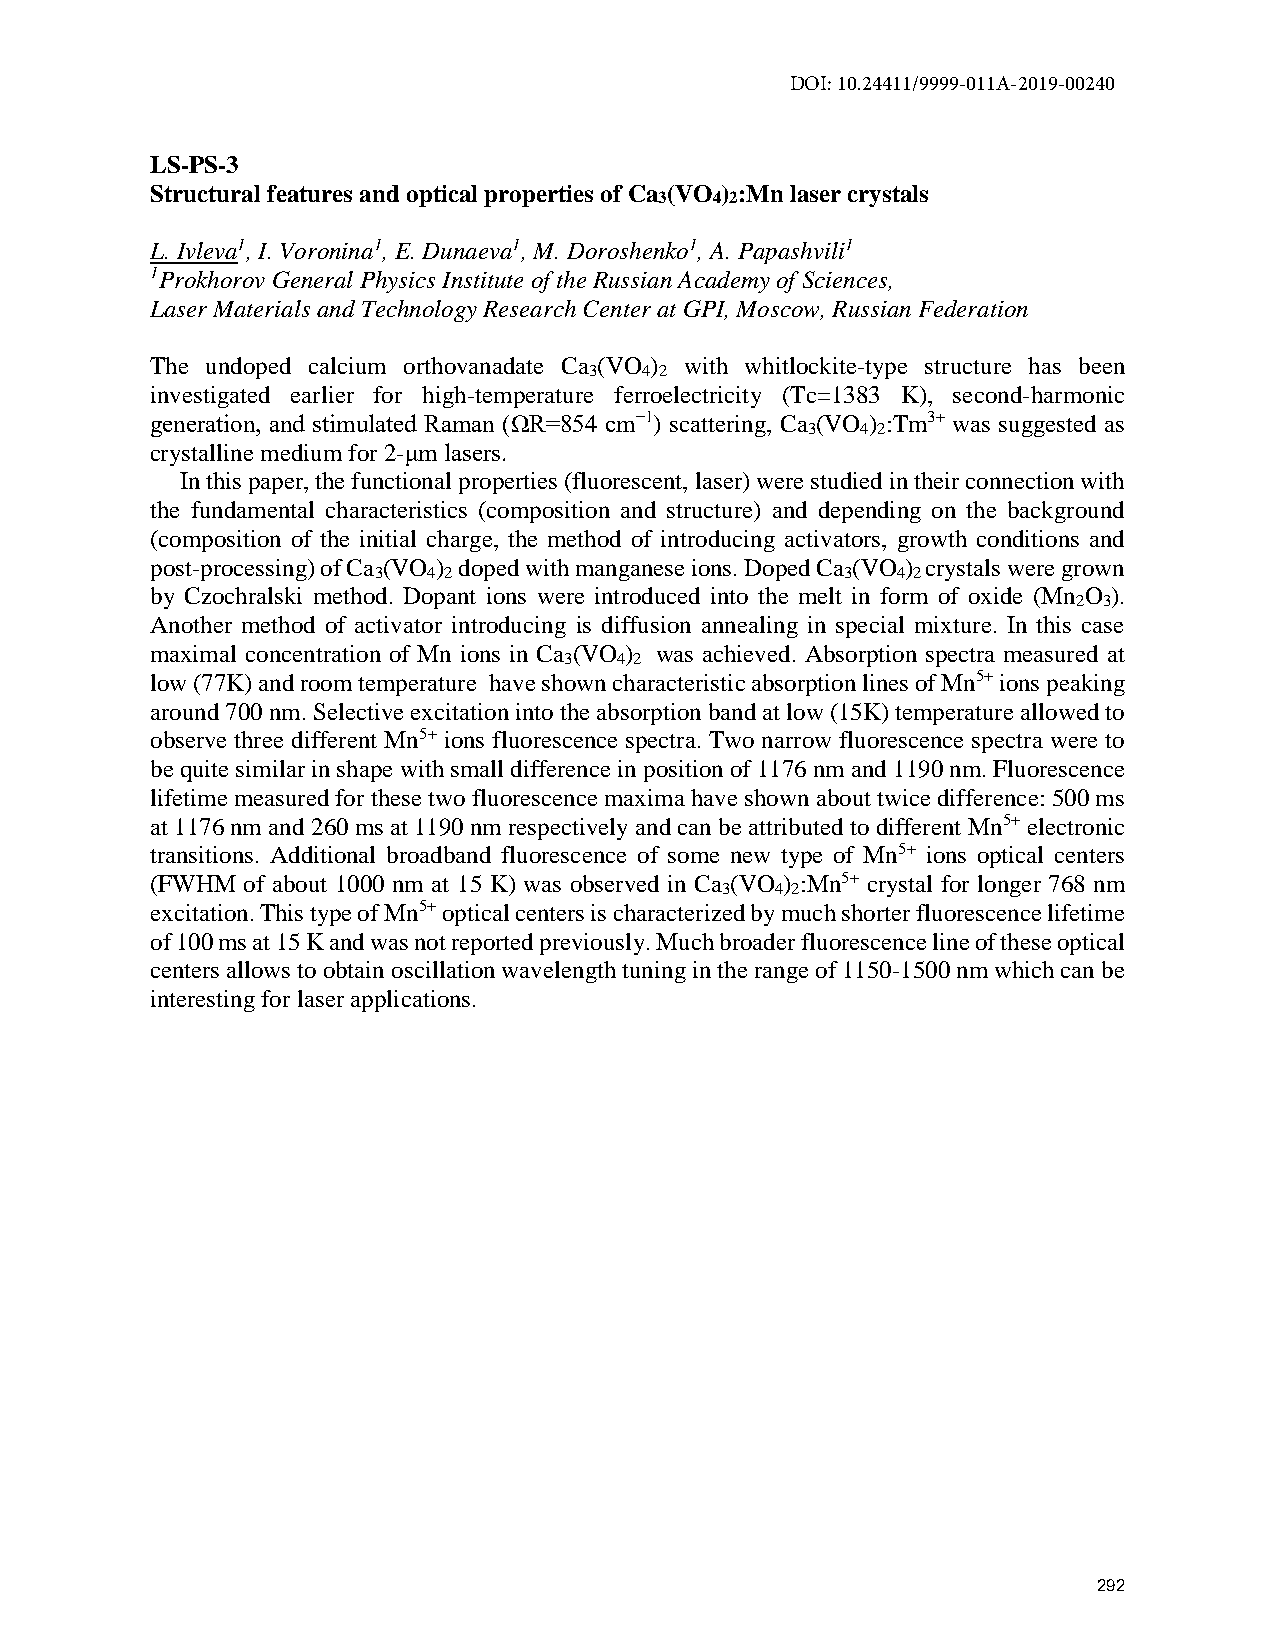
DOI: 10.24411/9999-011A-2019-00240
 LS-PS-3
 Structural features and optical properties of Ca (VO ) :Mn laser crystals
 3  4 2
 L. Ivleva1, I. Voronina1, E. Dunaeva1, M. Doroshenko1, A. Papashvili1
 1Prokhorov General Physics Institute of the Russian Academy of Sciences,
 Laser Materials and Technology Research Center at GPI, Moscow, Russian Federation
 The undoped calcium orthovanadate Ca (VO ) with whitlockite-type structure has been
 3  4 2
 investigated earlier for high-temperature ferroelectricity (Tc=1383 K), second-harmonic
 generation, and stimulated Raman (ΩR=854 cm−1) scattering, Ca (VO ) :Tm3+ was suggested as
 3   4 2
 crystalline medium for 2-μm lasers.
 In this paper, the functional properties (fluorescent, laser) were studied in their connection with
 the fundamental characteristics (composition and structure) and depending on the background
 (composition of the initial charge, the method of introducing activators, growth conditions and
 post-processing) of Ca (VO ) doped with manganese ions. Doped Ca (VO ) crystals were grown
 3  4 2                         3  4 2
 by Czochralski method. Dopant ions were introduced into the melt in form of oxide (Mn O ).
 2 3
 Another method of activator introducing is diffusion annealing in special mixture. In this case
 maximal concentration of Mn ions in Ca (VO ) was achieved. Absorption spectra measured at
 3   4 2
 low (77K) and room temperature have shown characteristic absorption lines of Mn5+ ions peaking
 around 700 nm. Selective excitation into the absorption band at low (15K) temperature allowed to
 observe three different Mn5+ ions fluorescence spectra. Two narrow fluorescence spectra were to
 be quite similar in shape with small difference in position of 1176 nm and 1190 nm. Fluorescence
 lifetime measured for these two fluorescence maxima have shown about twice difference: 500 ms
 at 1176 nm and 260 ms at 1190 nm respectively and can be attributed to different Mn5+ electronic
 transitions. Additional broadband fluorescence of some new type of Mn5+ ions optical centers
 (FWHM of about 1000 nm at 15 K) was observed in Ca (VO ) :Mn5+ crystal for longer 768 nm
 3  4 2
 excitation. This type of Mn5+ optical centers is characterized by much shorter fluorescence lifetime
 of 100 ms at 15 K and was not reported previously. Much broader fluorescence line of these optical
 centers allows to obtain oscillation wavelength tuning in the range of 1150-1500 nm which can be
 interesting for laser applications.
 292